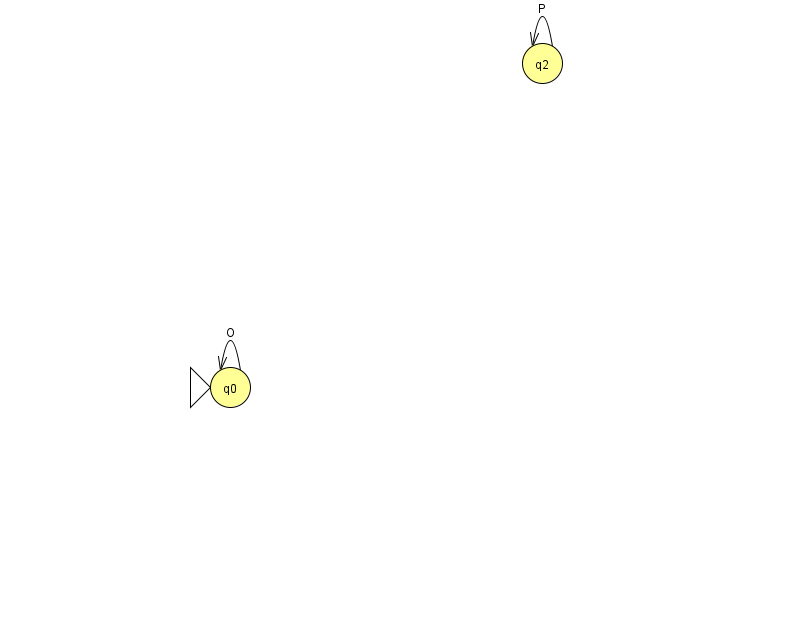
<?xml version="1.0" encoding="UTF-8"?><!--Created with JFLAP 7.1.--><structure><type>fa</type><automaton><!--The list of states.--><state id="0" name="q0"><x>230.0</x><y>374.0</y><initial/></state><state id="2" name="q2"><x>542.0</x><y>50.0</y></state><!--The list of transitions.--><transition><from>2</from><to>2</to><read>P</read></transition><transition><from>0</from><to>0</to><read>O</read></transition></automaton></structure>